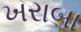
ખરાબા